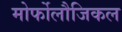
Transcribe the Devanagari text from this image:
मोर्फोलौजिकल